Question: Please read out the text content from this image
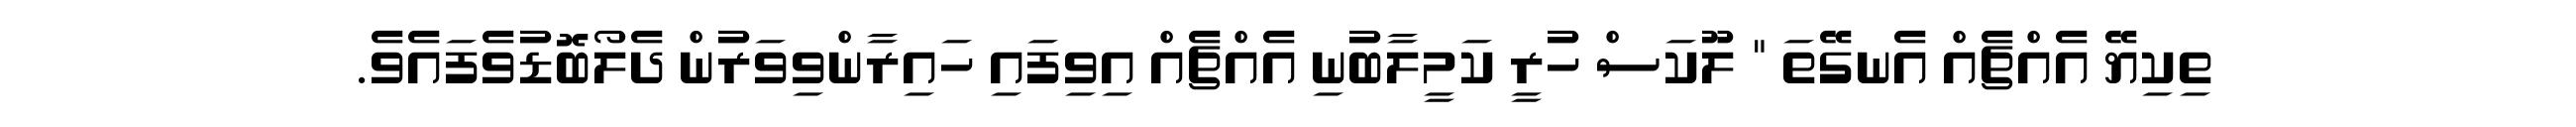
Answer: ތިކިޔޭ އެއްޗެއް އެނގޭތަ " ލޫކަސް ހުރީ ކަމީލާބުނި އެއްޗެއް އިވިފައި ހައިރާންވިވަރުން ދެލޯބޮޑުވެފައެވެ.